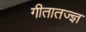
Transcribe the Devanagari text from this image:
गीतातज्ज्ञ